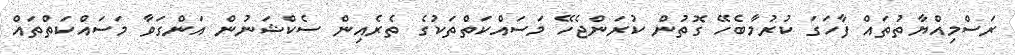
ރަސްމިއްޔާތުތައް ފާހަގަ ކުރުމާބެހޭ ގޮތުން ކުރަންޖެހޭ މަސައްކަތްތަކުގެ ތެރެއިން ސެކްޝަނުން އަންގަވާ މަސައްކަތްތައް